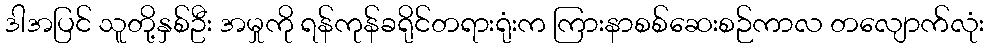
ဒါအပြင် သူတို့နှစ်ဦး အမှုကို ရန်ကုန်ခရိုင်တရားရုံးက ကြားနာစစ်ဆေးစဉ်ကာလ တလျောက်လုံး